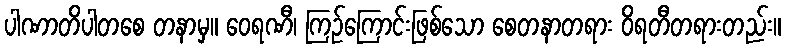
ပါဏာတိပါတစေ တနာမှ။ ဝေရဏီ၊ ကြဉ်ကြောင်းဖြစ်သော စေတနာတရား ဝိရတီတရားတည်း။